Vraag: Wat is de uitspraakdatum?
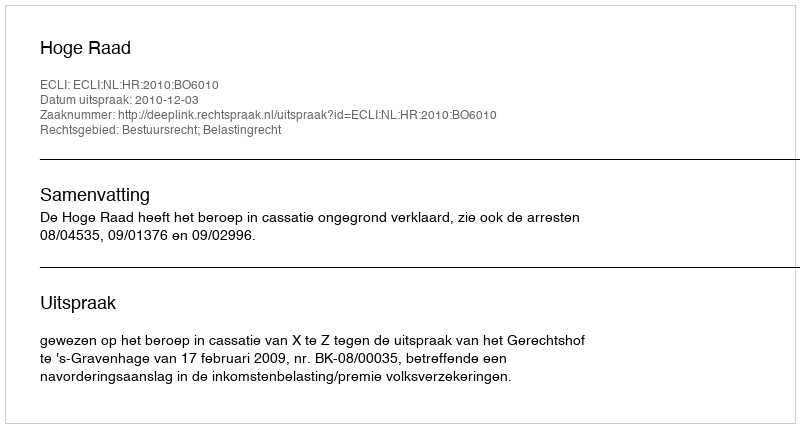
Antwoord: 2010-12-03